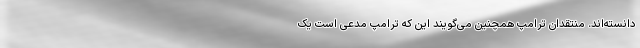
دانسته‌اند. منتقدان ترامپ همچنین می‌گویند این که ترامپ مدعی است یک